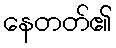
နေတတ်၏